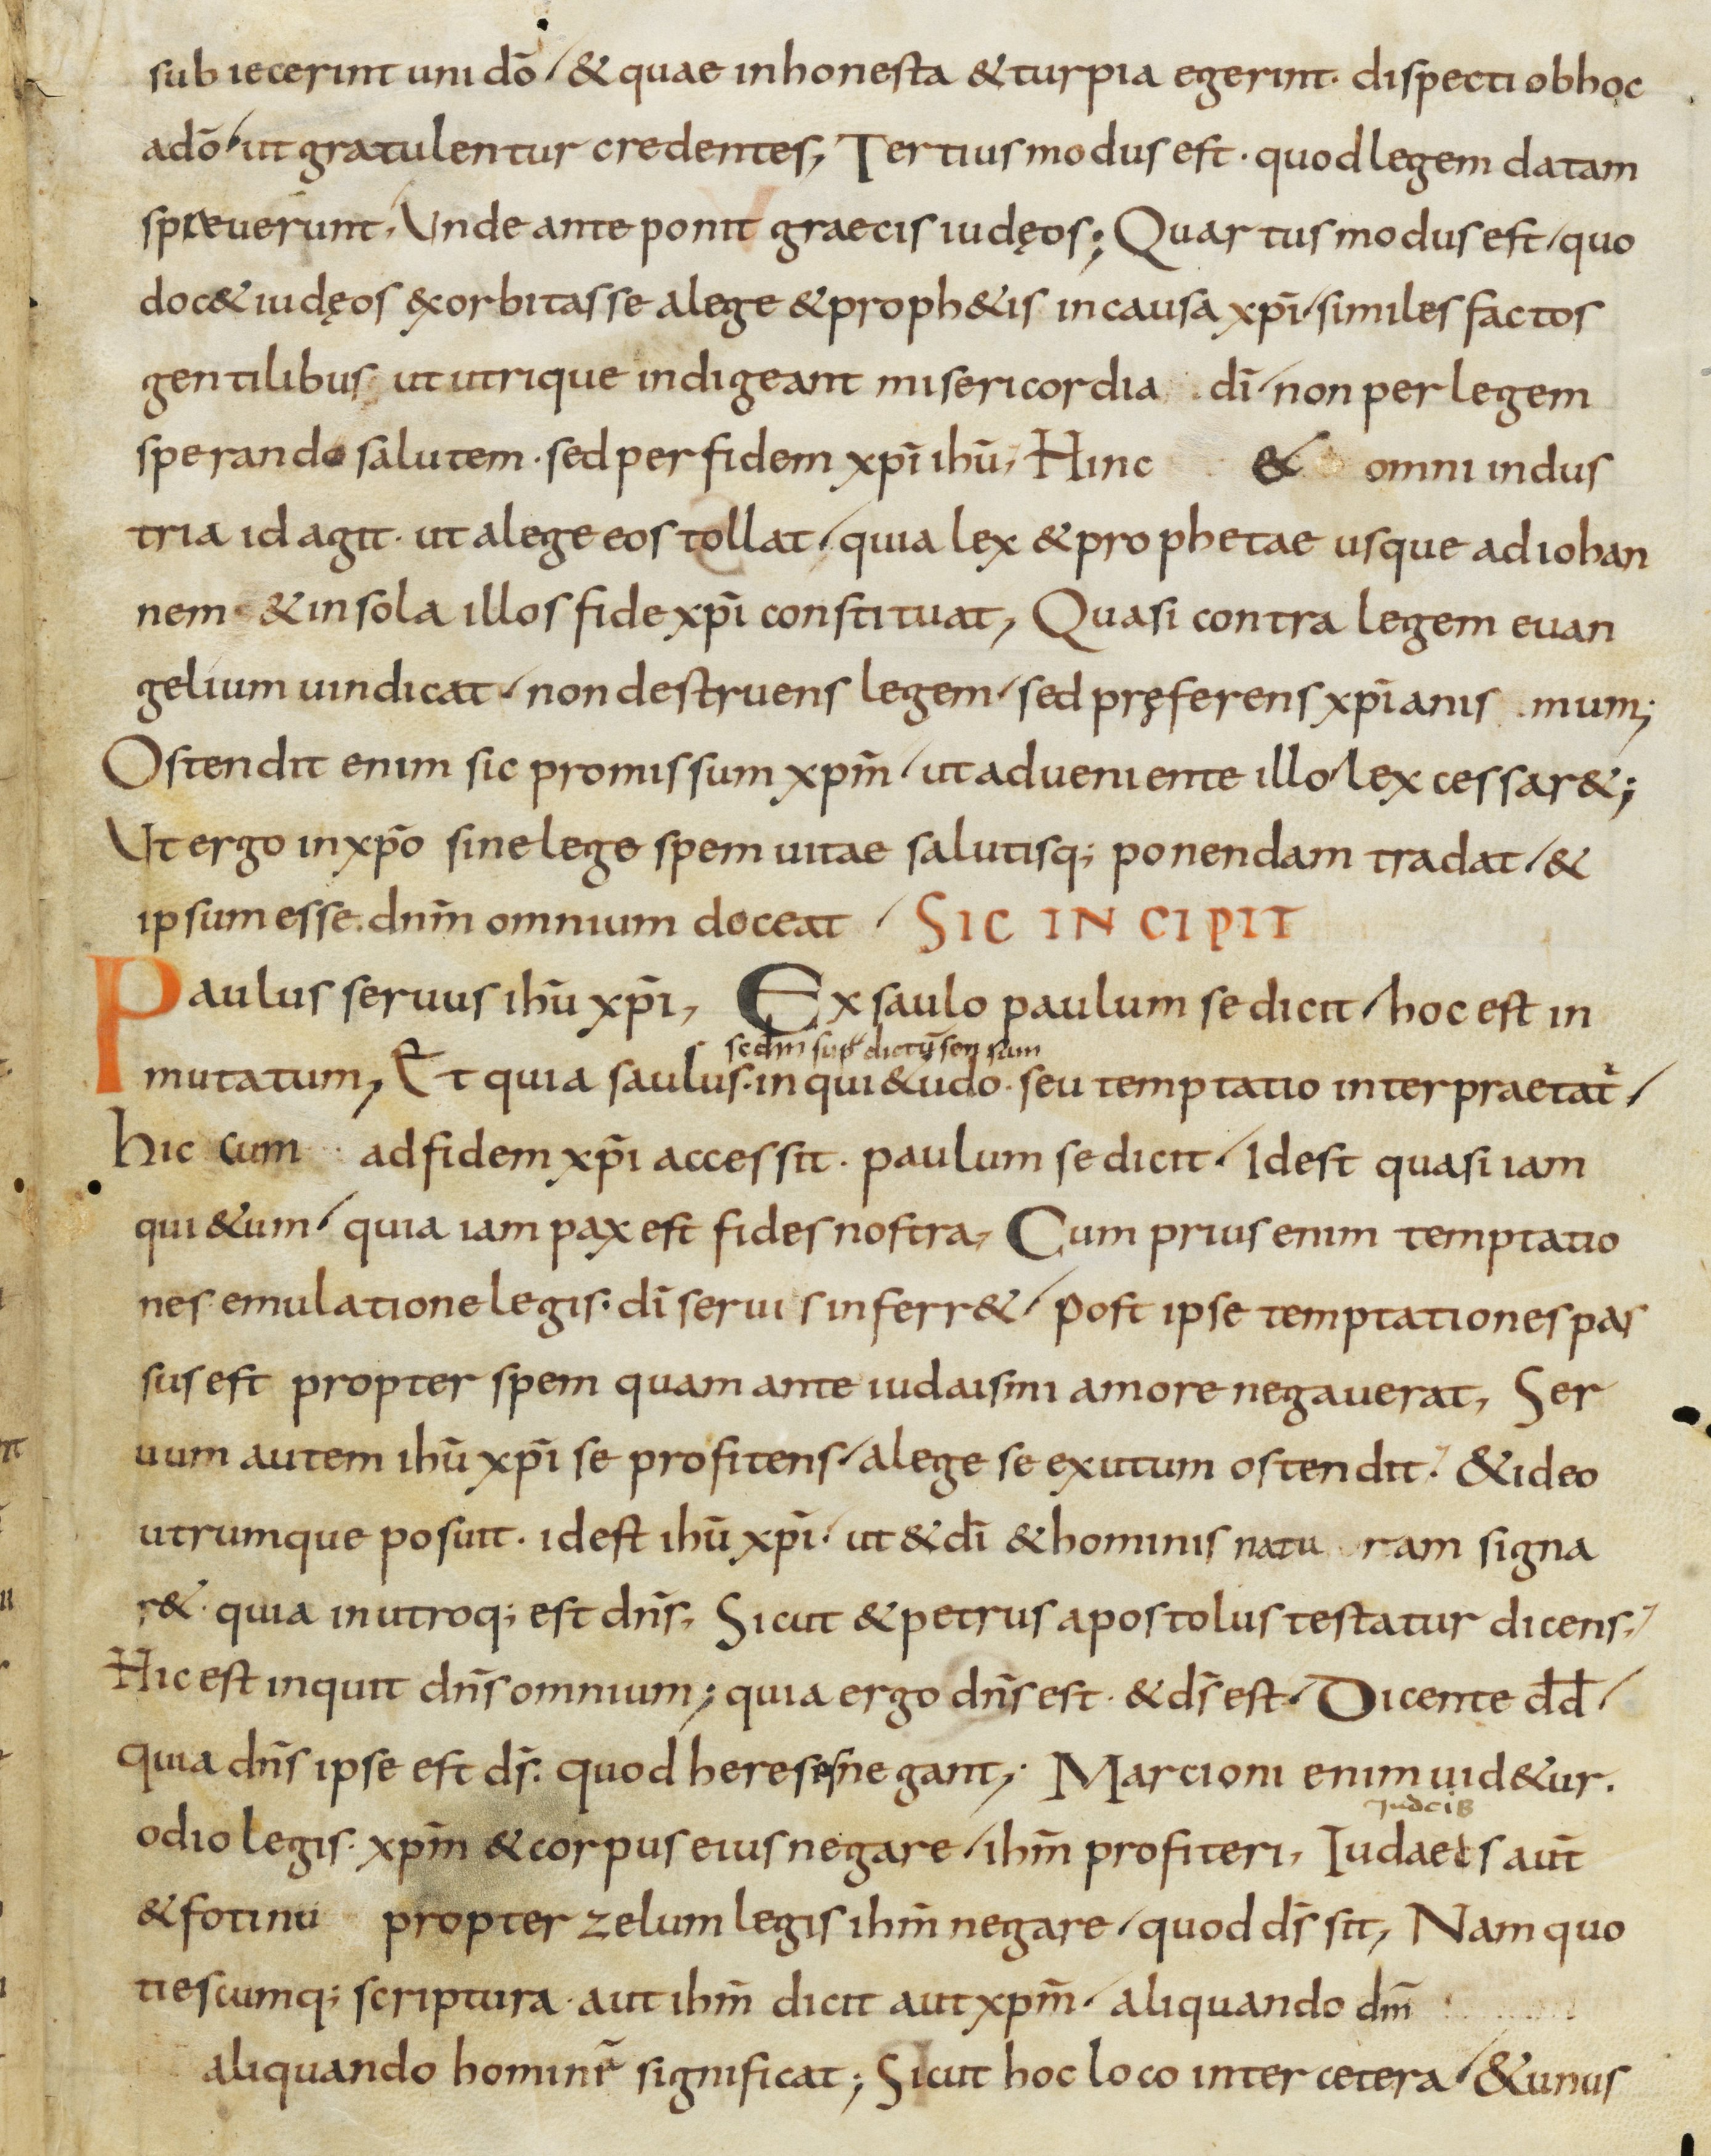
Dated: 800–899